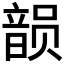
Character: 𱂐